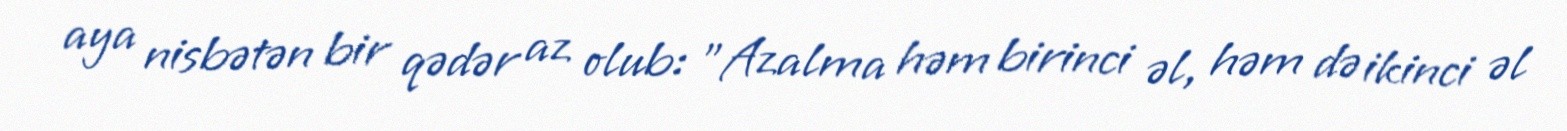
aya nisbətən bir qədər az olub: "Azalma həm birinci əl, həm də ikinci əl